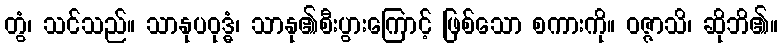
တွံ၊ သင်သည်။ သာနုပဝုဒ္ဓံ၊ သာနု၏စီးပွားကြောင့် ဖြစ်သော စကားကို။ ဝဇ္ဇာသိ၊ ဆိုဘိ၏။